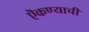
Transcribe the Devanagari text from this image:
ऎकण्याची